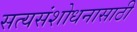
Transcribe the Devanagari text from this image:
सत्यसंशोधनासाठी